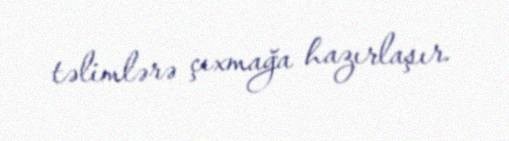
təlimlərə çıxmağa hazırlaşır.